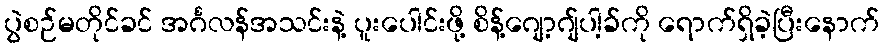
ပွဲစဉ်မတိုင်ခင် အင်္ဂလန်အသင်းနဲ့ ပူးပေါင်းဖို့ စိန့်ဂျော့ဂျ်ပါ့ခ်ကို ရောက်ရှိခဲ့ပြီးနောက်